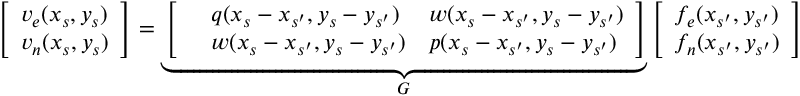
\left[ \begin{array} { l } { v _ { e } ( x _ { s } , y _ { s } ) } \\ { v _ { n } ( x _ { s } , y _ { s } ) } \end{array} \right] = \underbrace { \left[ \begin{array} { l l l } & { q ( x _ { s } - x _ { s ^ { \prime } } , y _ { s } - y _ { s ^ { \prime } } ) } & { w ( x _ { s } - x _ { s ^ { \prime } } , y _ { s } - y _ { s ^ { \prime } } ) } \\ & { w ( x _ { s } - x _ { s ^ { \prime } } , y _ { s } - y _ { s ^ { \prime } } ) } & { p ( x _ { s } - x _ { s ^ { \prime } } , y _ { s } - y _ { s ^ { \prime } } ) } \end{array} \right] } _ { G } \left[ \begin{array} { l } { f _ { e } ( x _ { s ^ { \prime } } , y _ { s ^ { \prime } } ) } \\ { f _ { n } ( x _ { s ^ { \prime } } , y _ { s ^ { \prime } } ) } \end{array} \right]